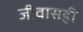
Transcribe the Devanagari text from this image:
जीवासही